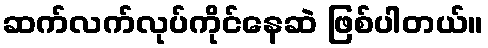
ဆက်လက်လုပ်ကိုင်နေဆဲ ဖြစ်ပါတယ်။